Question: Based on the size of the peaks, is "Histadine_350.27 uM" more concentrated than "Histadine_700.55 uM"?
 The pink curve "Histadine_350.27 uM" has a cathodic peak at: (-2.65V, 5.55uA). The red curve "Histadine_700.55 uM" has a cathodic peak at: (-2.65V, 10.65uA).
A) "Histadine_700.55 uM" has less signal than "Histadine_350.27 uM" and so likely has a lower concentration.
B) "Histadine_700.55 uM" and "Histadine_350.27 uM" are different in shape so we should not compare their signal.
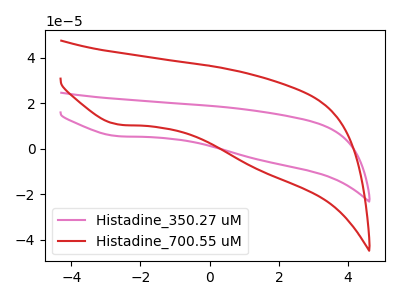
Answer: <think>All the peaks in "Histadine_700.55 uM" have a peak in "Histadine_350.27 uM" at the same potential. Every peak in "Histadine_700.55 uM" is lower than every peak in "Histadine_350.27 uM".
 </think>
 <answer>A) "Histadine_700.55 uM" has less signal than "Histadine_350.27 uM" and so likely has a lower concentration.</answer>
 <eval>A</eval>